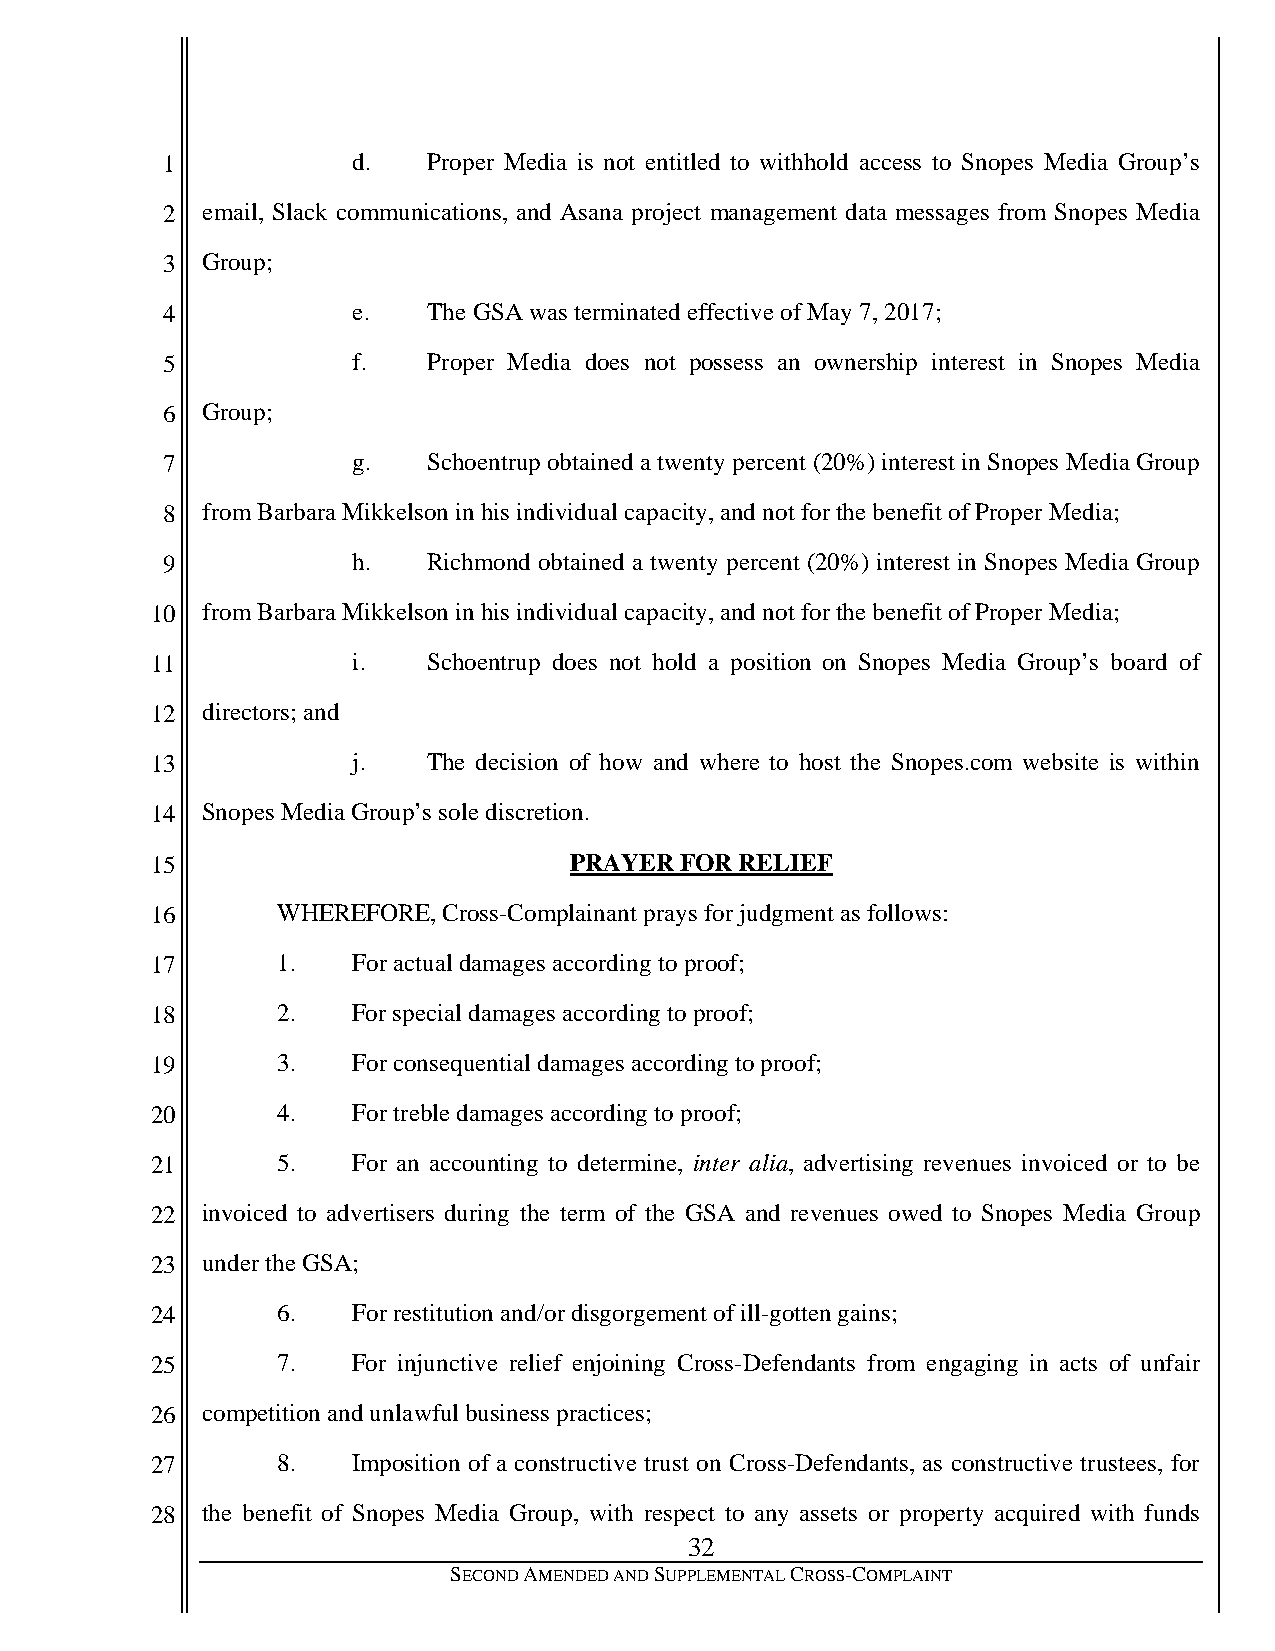
1           d.   Proper Media is not entitled to withhold access to Snopes Media Group’s
 2 email, Slack communications, and Asana project management data messages from Snopes Media
 3 Group;
 4           e.   The GSA was terminated effective of May 7, 2017;
 5           f.   Proper Media does not possess an ownership interest in Snopes Media
 6 Group;
 7           g.   Schoentrup obtained a twenty percent (20%) interest in Snopes Media Group
 8 from Barbara Mikkelson in his individual capacity, and not for the benefit of Proper Media;
 9           h.   Richmond obtained a twenty percent (20%) interest in Snopes Media Group
 10 from Barbara Mikkelson in his individual capacity, and not for the benefit of Proper Media;
 11           i.   Schoentrup does not hold a position on Snopes Media Group’s board of
 12 directors; and
 13           j.   The decision of how and where to host the Snopes.com website is within
 14 Snopes Media Group’s sole discretion.
 15                          PRAYER FOR RELIEF
 16      WHEREFORE, Cross-Complainant prays for judgment as follows:
 17      1.   For actual damages according to proof;
 18      2.   For special damages according to proof;
 19      3.   For consequential damages according to proof;
 20      4.   For treble damages according to proof;
 21      5.   For an accounting to determine, inter alia, advertising revenues invoiced or to be
 22 invoiced to advertisers during the term of the GSA and revenues owed to Snopes Media Group
 23 under the GSA;
 24      6.   For restitution and/or disgorgement of ill-gotten gains;
 25      7.   For injunctive relief enjoining Cross-Defendants from engaging in acts of unfair
 26 competition and unlawful business practices;
 27      8.   Imposition of a constructive trust on Cross-Defendants, as constructive trustees, for
 28 the benefit of Snopes Media Group, with respect to any assets or property acquired with funds
 32
 SECOND AMENDED AND SUPPLEMENTAL CROSS-COMPLAINT